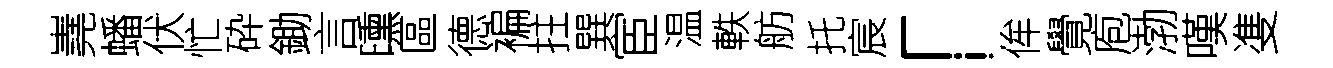
嶤蟠伏忙砕鋤言曛區德褊拄巽宦温軼舫托宸「侔覺庖渤嘆㕠